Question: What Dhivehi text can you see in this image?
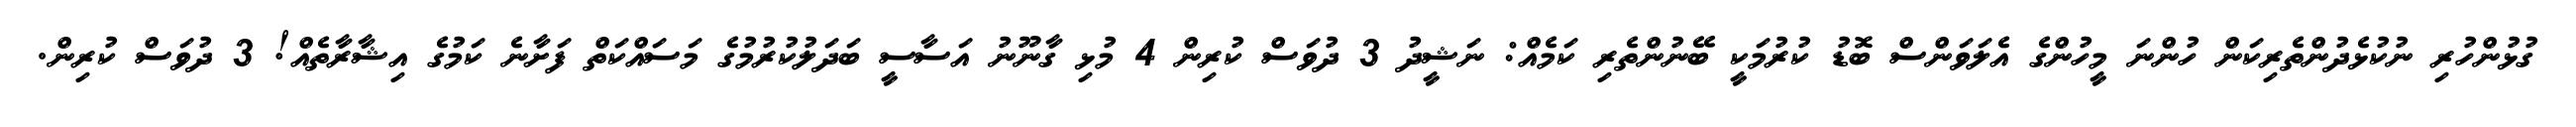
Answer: ގުޅުންހުރި ނުކުޅެދުންތެރިކަން ހުންނަ މީހުންގެ އެލަވަންސް ބޮޑު ކުރުމަކީ ބޭނުންތެރި ކަމެއް: ނަޝީދު 3 ދުވަސް ކުރިން 4 މުޅި ގާނޫނު އަސާސީ ބަދަލުކުރުމުގެ މަސައްކަތް ފަށާނެ ކަމުގެ އިޝާރާތެއް! 3 ދުވަސް ކުރިން.